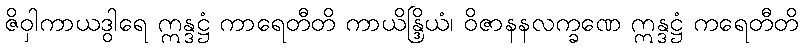
ဇိဝှါကာယဒွါရေ ဣန္ဒဋ္ဌံ ကာရေတီတိ ကာယိန္ဒြိယံ၊ ဝိဇာနနလက္ခဏေ ဣန္ဒဋ္ဌံ ကရေတီတိ